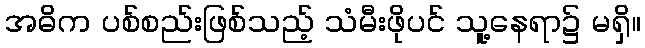
အဓိက ပစ်စည်းဖြစ်သည့် သံမီးဖိုပင် သူ့နေရာ၌ မရှိ။